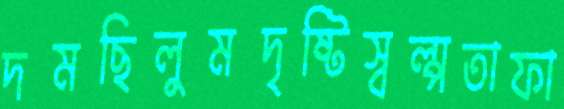
দমছিলুমদৃষ্টিস্বল্পতাফা